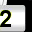
Digit: 2